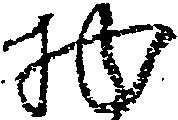
物